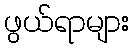
ဖွယ်ရာများ